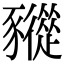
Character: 𧲓